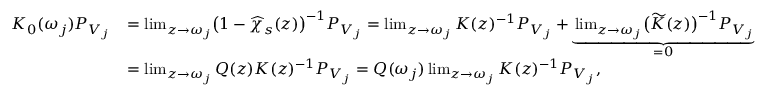
\begin{array} { r l } { K _ { 0 } ( \omega _ { j } ) P _ { V _ { j } } } & { = \operatorname* { l i m } _ { z \rightarrow \omega _ { j } } \bigr ( 1 - \widehat { \chi } _ { s } ( z ) \bigr ) ^ { - 1 } P _ { V _ { j } } = \operatorname* { l i m } _ { z \rightarrow \omega _ { j } } K ( z ) ^ { - 1 } P _ { V _ { j } } + \underbrace { \operatorname* { l i m } _ { z \rightarrow \omega _ { j } } \bigr ( \widetilde { K } ( z ) \bigr ) ^ { - 1 } P _ { V _ { j } } } _ { = 0 } } \\ & { = \operatorname* { l i m } _ { z \rightarrow \omega _ { j } } Q ( z ) K ( z ) ^ { - 1 } P _ { V _ { j } } = Q ( \omega _ { j } ) \operatorname* { l i m } _ { z \rightarrow \omega _ { j } } K ( z ) ^ { - 1 } P _ { V _ { j } } , } \end{array}